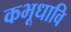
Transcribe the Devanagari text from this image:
कभूधावि